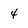
Character: 4